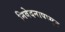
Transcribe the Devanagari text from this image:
निवेदनापासून